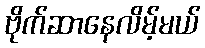
ဗိုက်ဆာနေလိမ့်မယ်